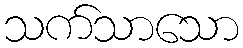
သက်သာသော